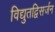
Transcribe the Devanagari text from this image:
विद्युतद्विसर्जन